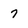
Character: 7